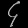
Digit: ၄